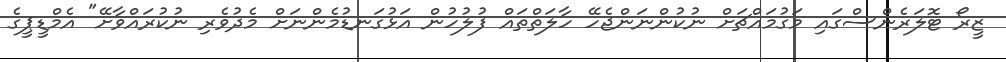
ޒީރޯ ޓޮލަރެންސްގައި މަގުމައްޗަށް ނުކުންނަންޖެހޭ ހާލަތްތައް ފުލުހުން އަޅުގަނޑުމެންނަށް މެދުވެރި ނުކުރައްވާށޭ" އެމްޑީޕީގެ